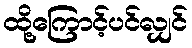
ထို့ကြောင့်ပင်လျှင်